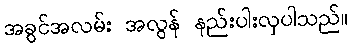
အခွင်အလမ်း အလွန် နည်းပါးလှပါသည်။